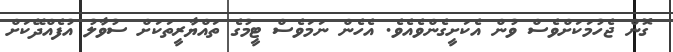
ގޮން ޖެހުމަކަށްވެސް ވުން އެކަށީގެންވެއެވެ. އެހެން ނަމަވެސް ޓީމުގެ ތައްޔާރީތަކަށް ސުވާލު އުފެއްދޭކަށް